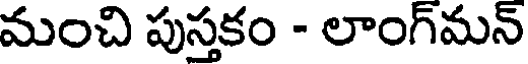
మంచి పుస్తకం - లాంగ్మన్